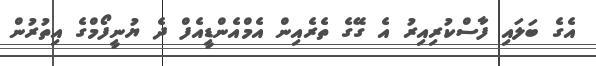
އެގެ ބަލައި ފާސްކުރިއިރު އެ ގޭގެ ތެރެއިން އެމްއެންޑީއެފް ދެ ޔުނީފޯމްގެ އިތުރުން